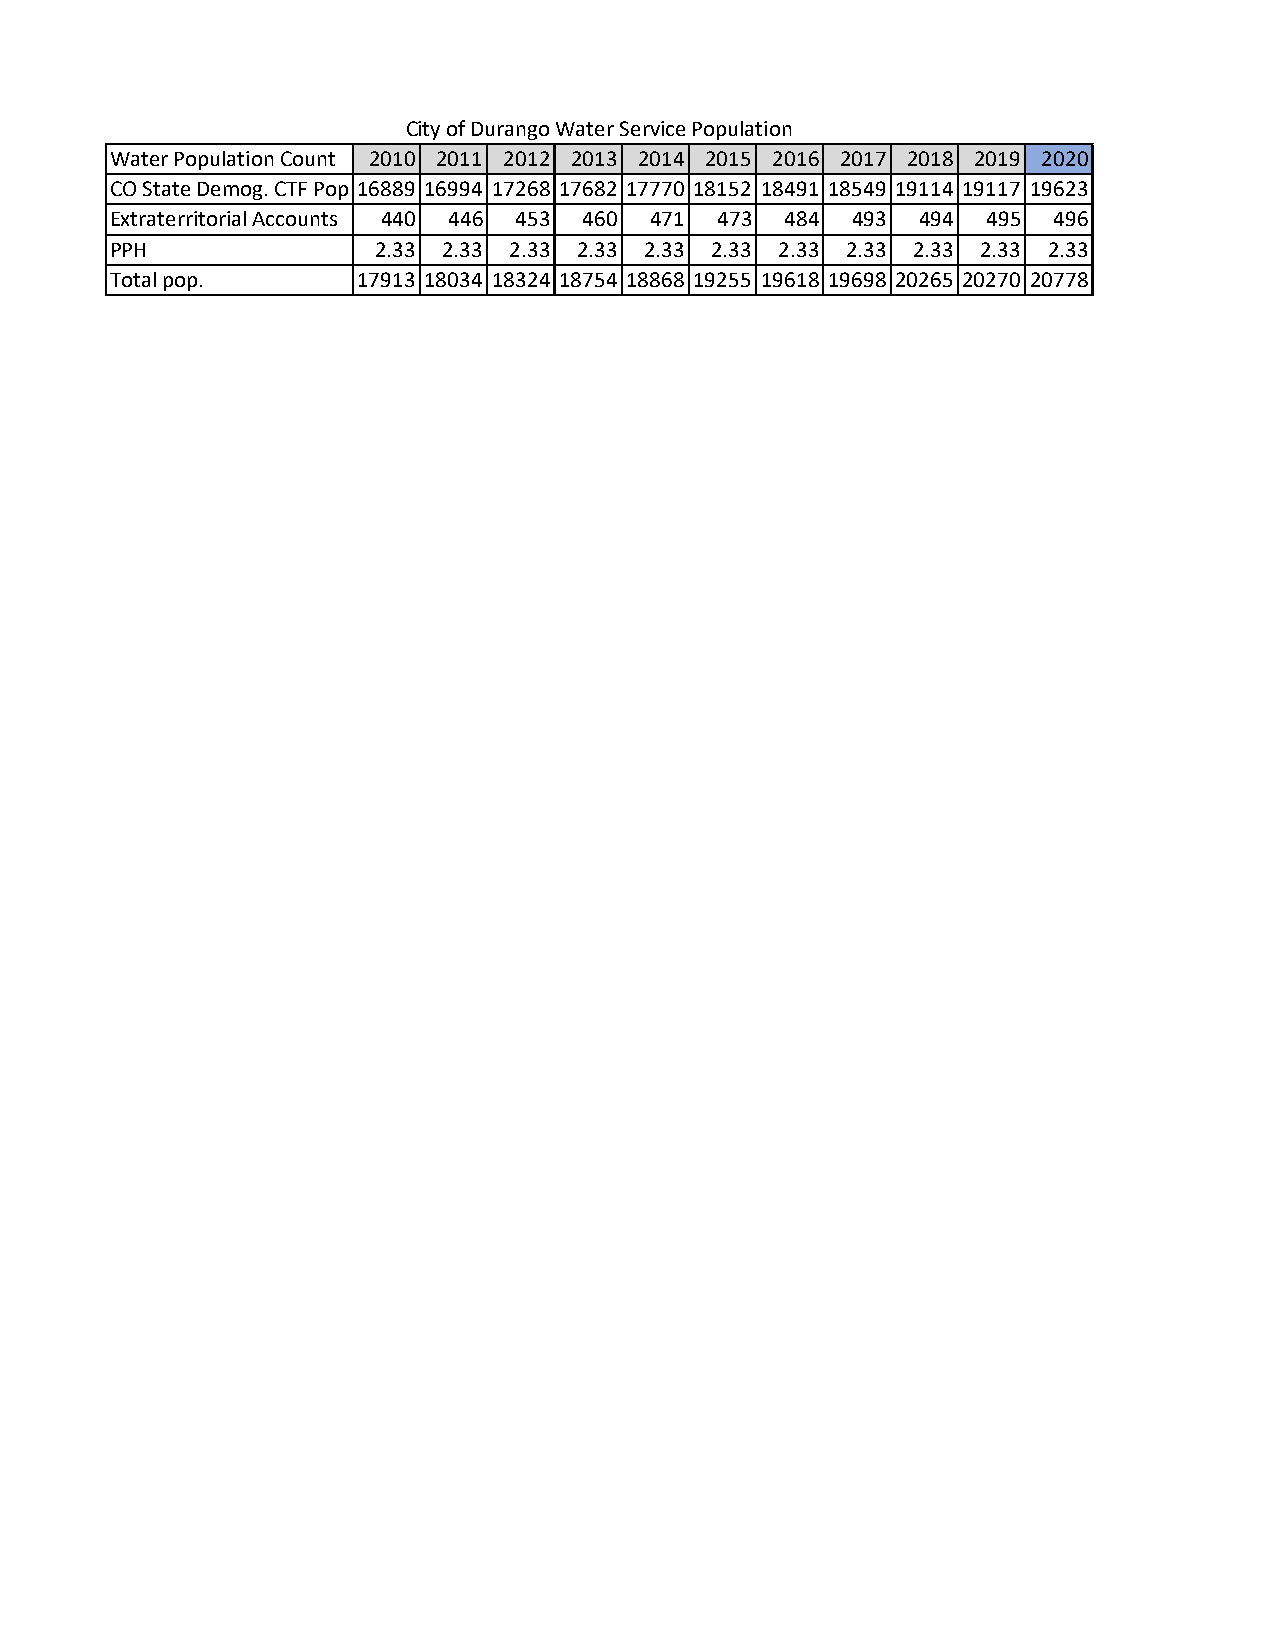
City of Durango Water Service Population
 Water Population Count 2010 2011 2012 2013 2014 2015 2016 2017 2018 2019 2020
 CO State Demog. CTF Pop 16889 16994 17268 17682 17770 18152 18491 18549 19114 19117 19623
 Extraterritorial Accounts 440 446 453 460 471 473 484 493 494 495 496
 PPH               2.33 2.33 2.33 2.33 2.33 2.33 2.33 2.33 2.33 2.33 2.33
 Total pop.       17913 18034 18324 18754 18868 19255 19618 19698 20265 20270 20778